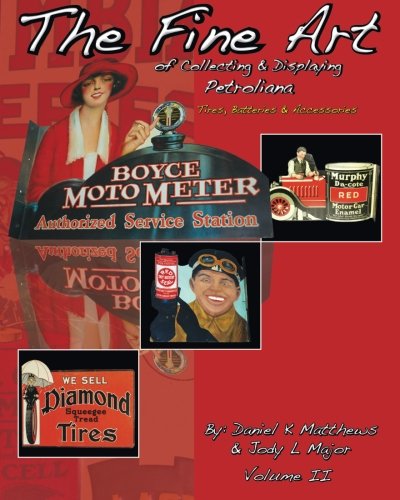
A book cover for The Fine Art of Collecting & Displaying Petroliana Volume II (Volume 2); Daniel K Matthews; Reference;